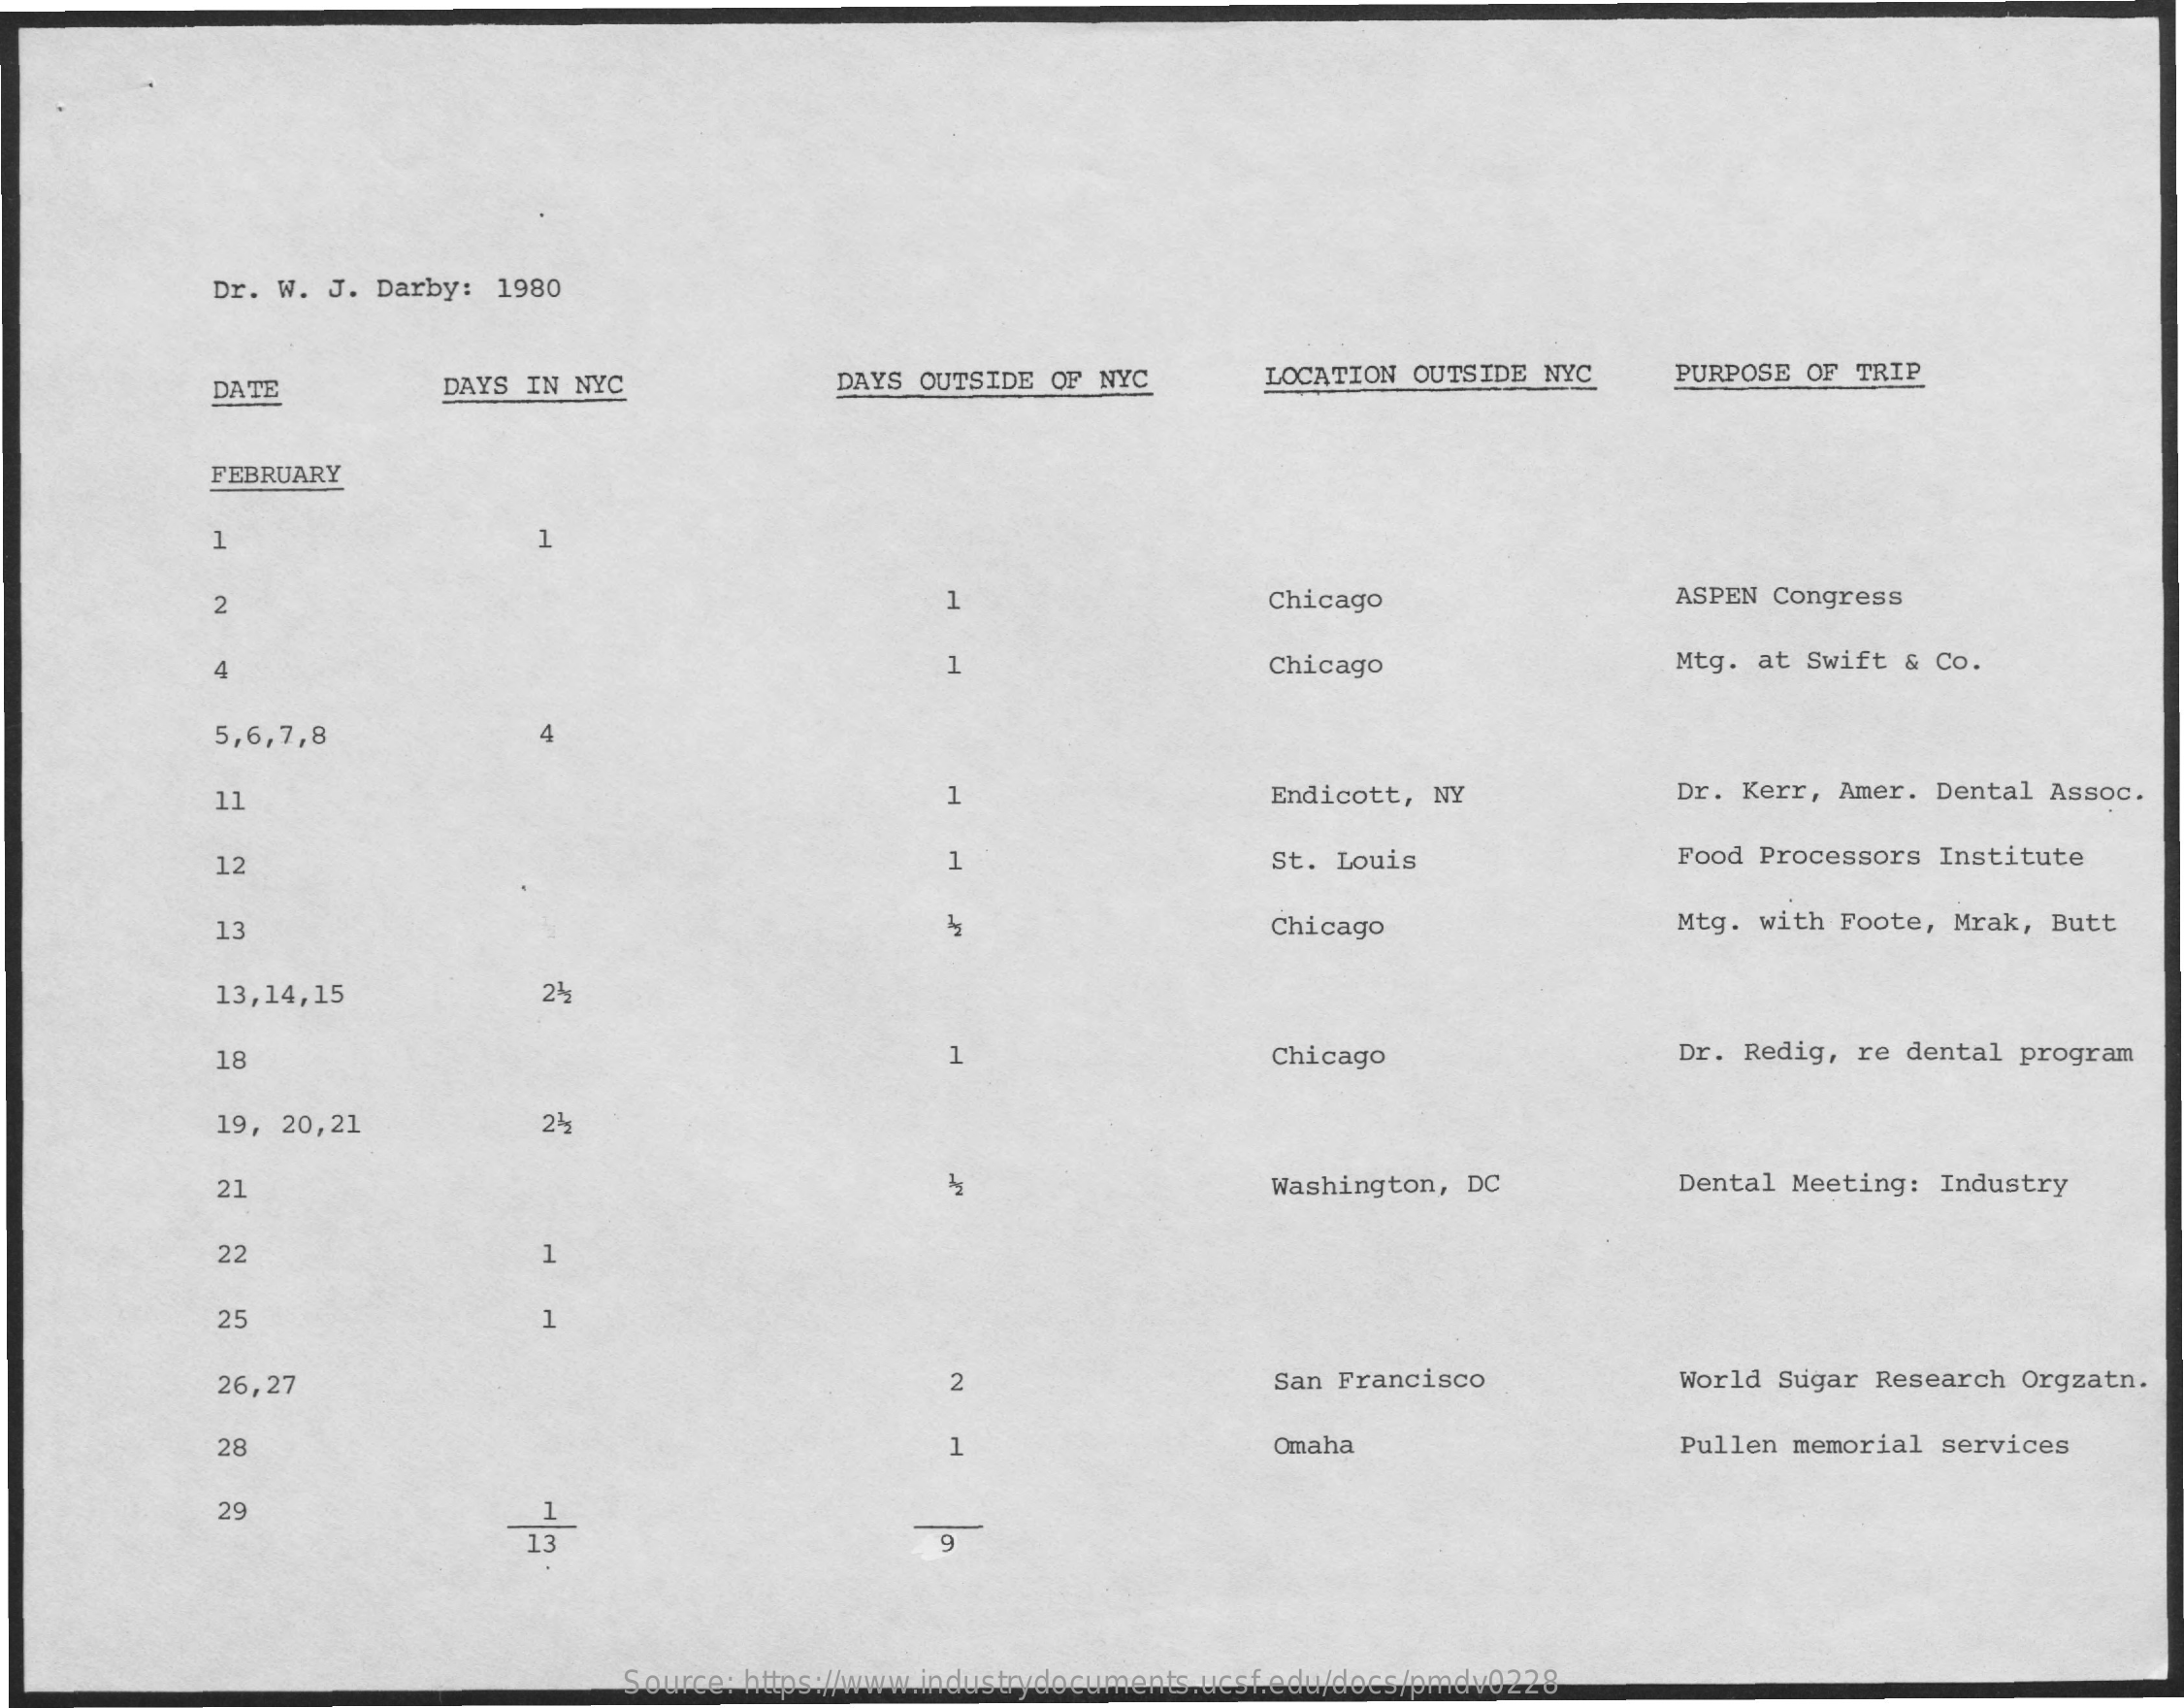
Dr. W. J. Darby: 1980
     DATE    DAYS IN NYC   DAYS OUTSIDE OF NYC LOCATION OUTSIDE NYC PURPOSE OF TRIP
     FEBRUARY
     1
     2    1    Chicago    ASPEN Congress
     4    1    Chicago    Mtg. at Swift & Co.
     5,6,7,8    4
     Dr. Kerr, Amer. Dental Assoc. H
     11    Endicott, NY
     12    1    St. Louis    Food Processors Institute
     13    Chicago    Mtg. with Foote, Mrak, Butt
     13,14,15   24
     18    1    Chicago    Dr. Redig, re dental program
     19, 20,21  24
     21    Washington, DC Dental Meeting: Industry
     22    1
     25
     26,27    2    San Francisco World Sugar Research Orgzatn.
     28    Omaha    Pullen memorial services
     29
     9
     Source: https://www.industrydocuments.ucsf.edu/docs/pmdv0228